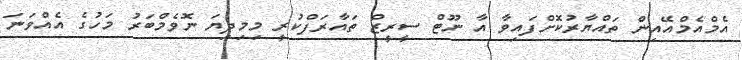
އެމްއެމްއޭއިން ތައްޔާރުކޮށްފައިވާ އާ ނޫޓް ސީރީޒް ތައާރަފްކުރީ މިމިދިޔަ ނޮވެމްބަރު މަހުގެ އެއްވަނަ